Source: Handwritten
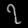
Digit: ၇ (7)